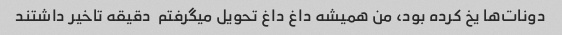
دونات‌ها یخ کرده بود، من همیشه داغ داغ تحویل میگرفتم  دقیقه تاخیر داشتند